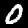
Digit: 0